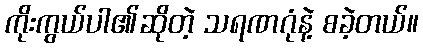
ကိုးကွယ်ပါ၏ဆိုတဲ့ သရဏဂုံနဲ့ စခဲ့တယ်။